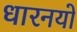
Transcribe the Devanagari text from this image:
धारनयो